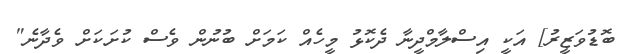
ބޮޑުވަޒީރު] އަކީ އިސްލާމްދީނާ ދެކޮޅު މީހެއް ކަމަށް ބުނުން ވެސް ކުށަކަށް ވެދާނެ"